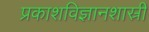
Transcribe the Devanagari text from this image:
प्रकाशविज्ञानशास्री